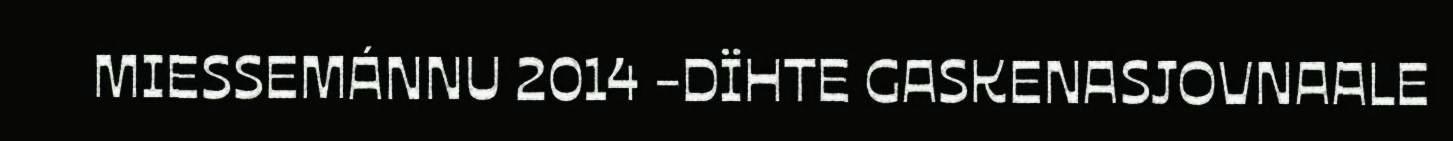
MIESSEMÁNNU 2014 -DÏHTE GASKENASJOVNAALE